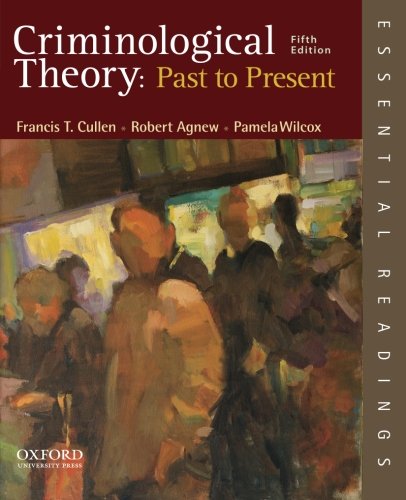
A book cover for Criminological Theory: Past to Present: Essential Readings; Francis T. Cullen; Politics & Social Sciences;